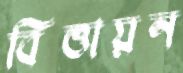
বিত্তায়ন